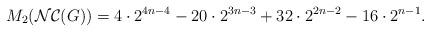
LaTeX: \begin{align*}M_{2}(\mathcal{NC}(G))=4 \cdot 2^{4n-4}-20 \cdot 2^{3n-3}+32 \cdot 2^{2n-2}- 16 \cdot 2^{n-1}.\end{align*}